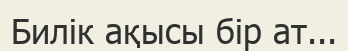
Билік ақысы бір ат...